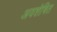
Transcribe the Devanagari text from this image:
अवशेषित